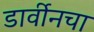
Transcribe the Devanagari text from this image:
डार्वीनचा